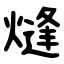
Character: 熢